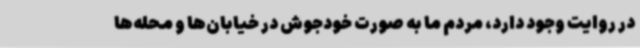
در روایت وجود دارد، مردم ما به صورت خودجوش در خیابان‌ها و محله‌ها